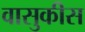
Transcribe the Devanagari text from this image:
वासुकीस